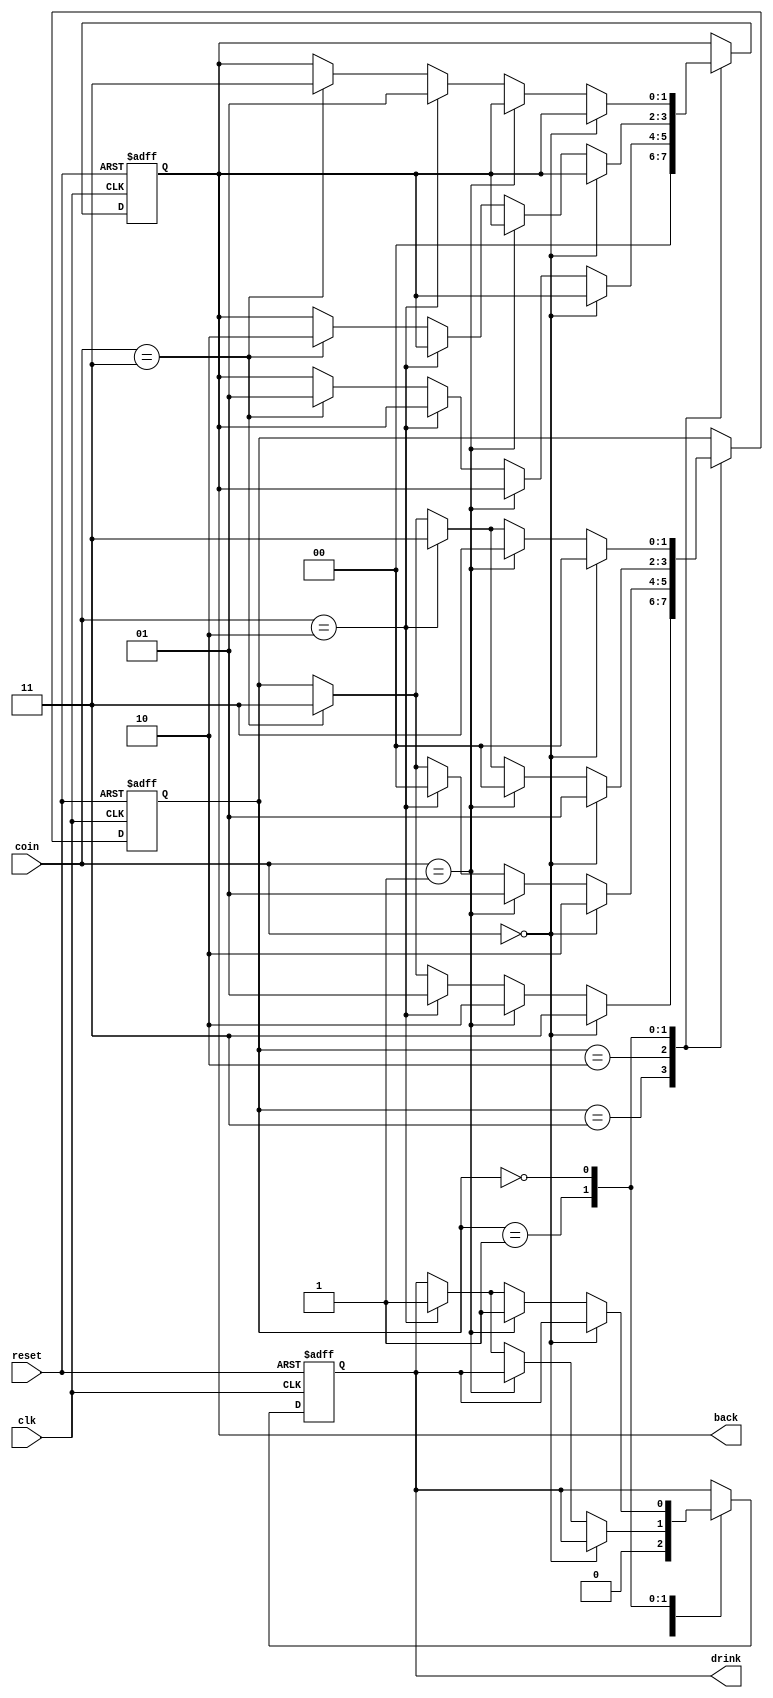
module drink (
    input clk,
    input reset,
    input [1:0] coin,
    output reg drink,
    output reg [1:0] back
);
    reg [1:0] s;

    always @(posedge clk, posedge reset) begin
        if(reset) begin
            s <= 2'b11;
            drink <= 0;
            back <= 0;
        end 
        else begin
            case(s)
                2'b11: begin
                    drink <= 0;
                    back <= 0;
                    if(coin == 0) s <= 2'b11;
                    else if(coin == 1) s <= 2'b10;
                    else if(coin == 2) s <= 2'b01;
                    else if(coin == 3) s <= 2'b11;
                end
                2'b10: begin
                    if(coin == 0) s <= 2'b10;
                    else if(coin == 1) s <= 2'b01;
                    else if(coin == 2) s <= 2'b00;
                    else if(coin == 3) begin
                        s <= 2'b11;
                        back <= 1;
                    end
                end
                2'b01: begin
                    if(coin == 0) s <= 2'b01;
                    else if(coin == 1) s <= 2'b00;
                    else if(coin == 2) begin
                        s <= 2'b11;
                        drink <= 1;
                    end
                    else if(coin == 3) begin
                        s <= 2'b11;
                        back <= 2;
                    end
                end
                2'b00: begin
                    if(coin == 0) s <= 2'b00;
                    else if(coin == 1) begin
                        s <= 2'b11;
                        drink <= 1;
                    end
                    else if(coin == 2) begin
                        s <= 2'b11;
                        back <= 1;
                        drink <= 1;
                    end
                    else if(coin == 3) begin
                        s <= 2'b11;
                        back <= 3;
                    end
                end

            endcase
        end
    end


endmodule